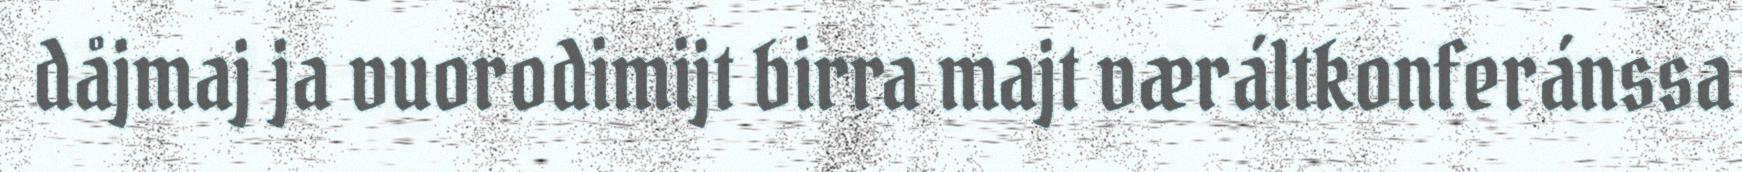
dåjmaj ja vuorodimijt birra majt væráltkonferánssa